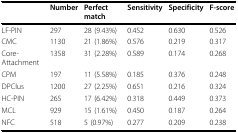
|  | Number | Perfect match | Sensitivity | Specificity | F-score |
 | --- | --- | --- | --- | --- | --- |
 | LF-PIN | 297 | 28 (9.43%) | 0.452 | 0.630 | 0.526 |
 | CMC | 1130 | 21 (1.86%) | 0.576 | 0.219 | 0.317 |
 | Core-Attachment | 1358 | 31 (2.28%) | 0.589 | 0.174 | 0.268 |
 | CPM | 197 | 11 (5.58%) | 0.185 | 0.376 | 0.248 |
 | DPClus | 1200 | 27 (2.25%) | 0.651 | 0.216 | 0.324 |
 | HC-PIN | 265 | 17 (6.42%) | 0.318 | 0.449 | 0.373 |
 | MCL | 929 | 15 (1.61%) | 0.450 | 0.187 | 0.264 |
 | NFC | 518 | 5 (0.97%) | 0.277 | 0.209 | 0.238 |